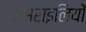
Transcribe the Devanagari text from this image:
इसराइलियों